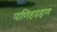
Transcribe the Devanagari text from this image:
पाणिहग्रहण